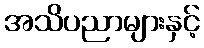
အသိပညာများနှင့်